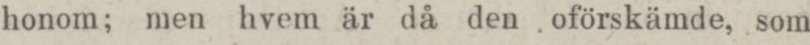
honom; men hvem är då den oförskämde, som